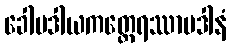
ခေါမဒါယကတ္ထေရဿာပဒါနံ